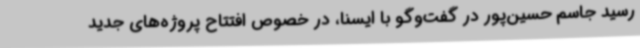
رسید جاسم حسین‌پور در گفت‌وگو با ایسنا، در خصوص افتتاح پروژه‌های جدید